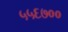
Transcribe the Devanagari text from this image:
५५६७००